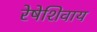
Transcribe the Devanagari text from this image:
रेषेशिवाय